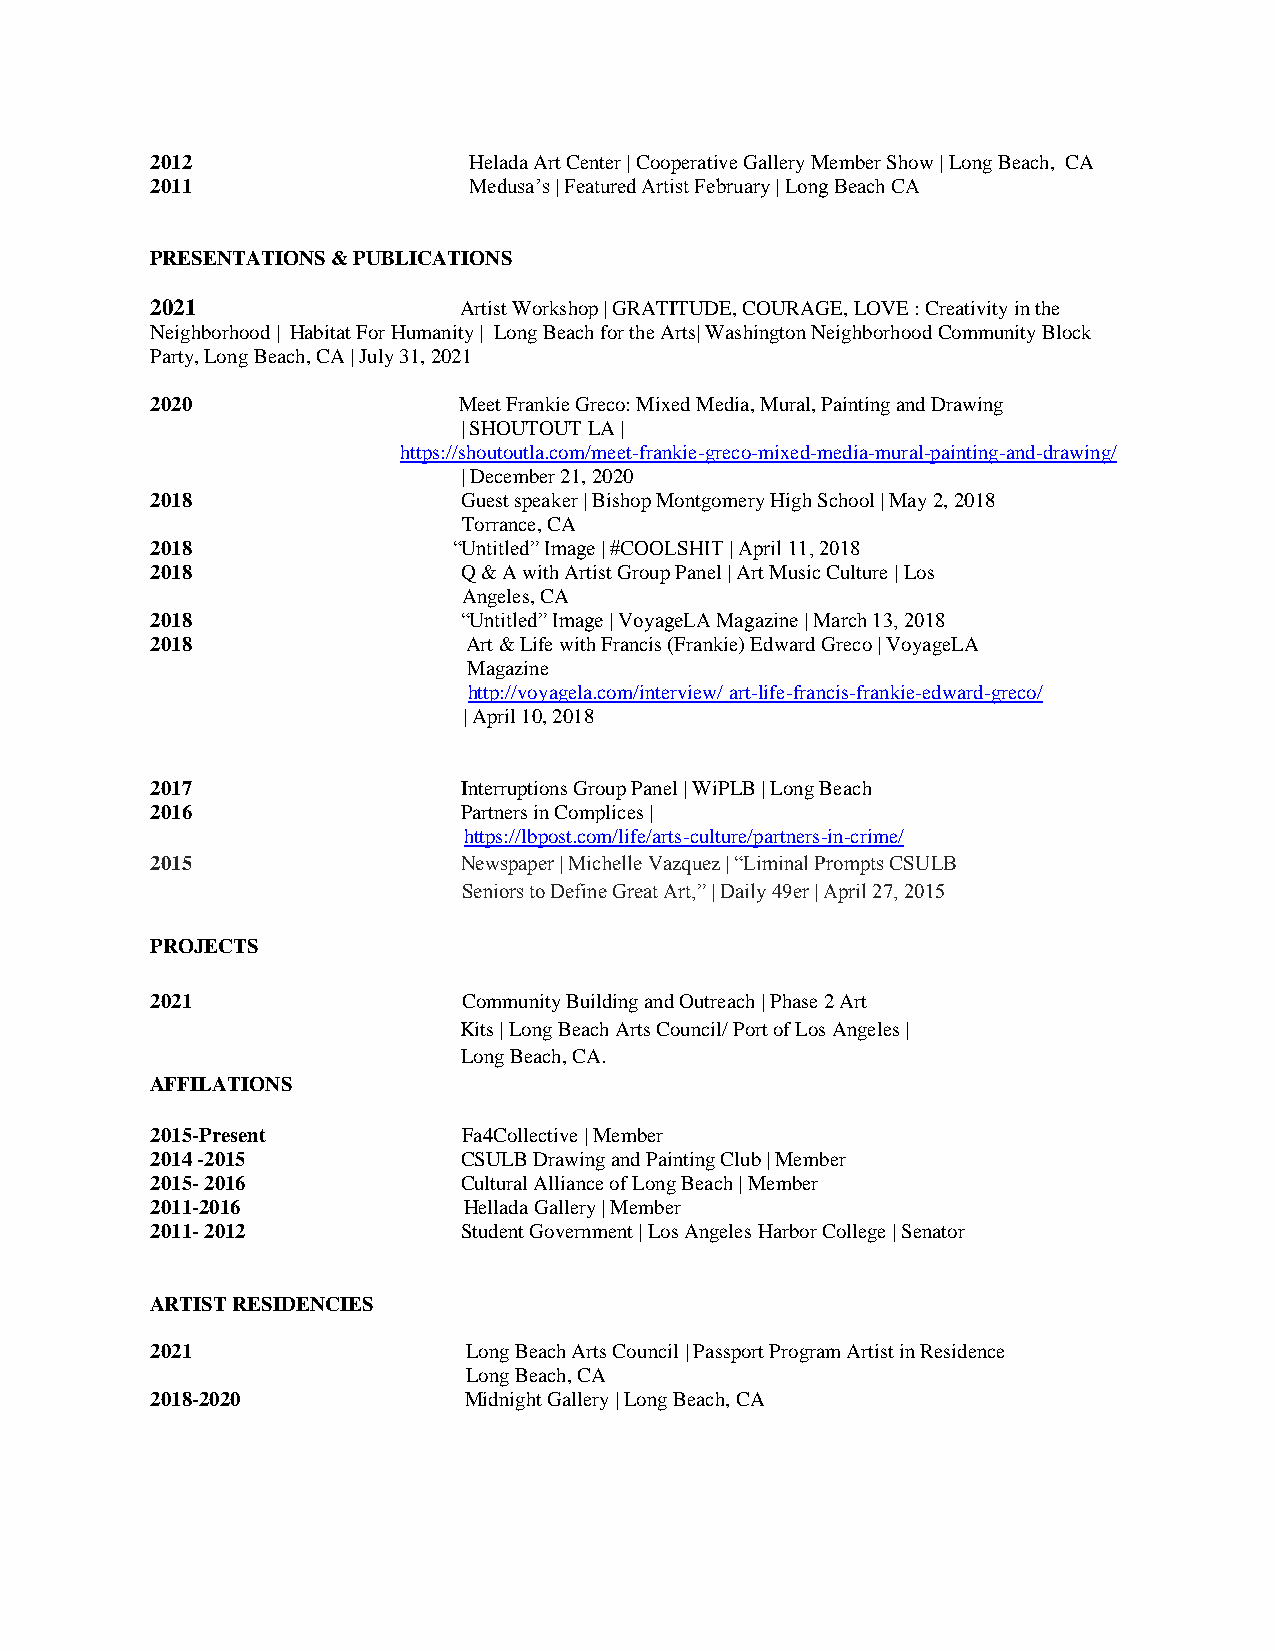
2012                 Helada Art Center | Cooperative Gallery Member Show | Long Beach, CA
 2011                 Medusa’s | Featured Artist February | Long Beach CA
 PRESENTATIONS & PUBLICATIONS
 2021                Artist Workshop | GRATITUDE, COURAGE, LOVE : Creativity in the
 Neighborhood | Habitat For Humanity | Long Beach for the Arts| Washington Neighborhood Community Block
 Party, Long Beach, CA | July 31, 2021
 2020                Meet Frankie Greco: Mixed Media, Mural, Painting and Drawing
 | SHOUTOUT LA |
 https://shoutoutla.com/meet-frankie-greco-mixed-media-mural-painting-and-drawing/
 | December 21, 2020
 2018                Guest speaker | Bishop Montgomery High School | May 2, 2018
 Torrance, CA
 2018                “Untitled” Image | #COOLSHIT | April 11, 2018
 2018                Q & A with Artist Group Panel | Art Music Culture | Los
 Angeles, CA
 2018                “Untitled” Image | VoyageLA Magazine | March 13, 2018
 2018                 Art & Life with Francis (Frankie) Edward Greco | VoyageLA
 Magazine
 http://voyagela.com/interview/ art-life-francis-frankie-edward-greco/
 | April 10, 2018
 2017                Interruptions Group Panel | WiPLB | Long Beach
 2016                Partners in Complices |
 https://lbpost.com/life/arts-culture/partners-in-crime/
 2015                Newspaper | Michelle Vazquez | “Liminal Prompts CSULB
 Seniors to Define Great Art,” | Daily 49er | April 27, 2015
 PROJECTS
 2021                 Community Building and Outreach | Phase 2 Art
 Kits | Long Beach Arts Council/ Port of Los Angeles |
 Long Beach, CA.
 AFFILATIONS
 2015-Present         Fa4Collective | Member
 2014 -2015          CSULB Drawing and Painting Club | Member
 2015- 2016          Cultural Alliance of Long Beach | Member
 2011-2016            Hellada Gallery | Member
 2011- 2012          Student Government | Los Angeles Harbor College | Senator
 ARTIST RESIDENCIES
 2021                 Long Beach Arts Council | Passport Program Artist in Residence
 Long Beach, CA
 2018-2020            Midnight Gallery | Long Beach, CA